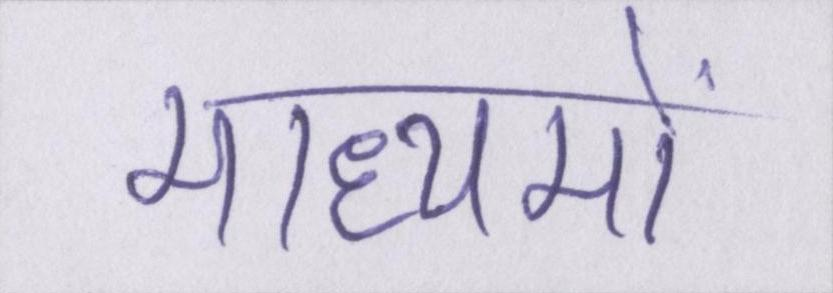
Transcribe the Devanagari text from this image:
माध्यमों